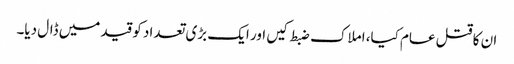
ان کا قتل عام کیا، املاک ضبط کیں اور ایک بڑی تعداد کو قید میں ڈال دیا۔